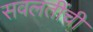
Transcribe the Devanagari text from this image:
सवलतींची